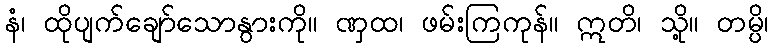
နံ၊ ထိုပျက်ချော်သောနွားကို။ ဏှထ၊ ဖမ်းကြကုန်။ ဣတိ၊ သို့။ တမ္ပိ၊